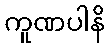
ကူဏပါနိ